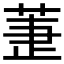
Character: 𦱥